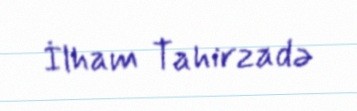
İlham Tahirzadə